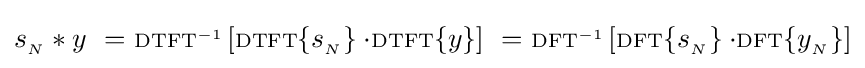
s_{_{N}}*y\ =\ \scriptstyle {\rm {DTFT}}^{-1}\displaystyle \left[\scriptstyle {\rm {DTFT}}\displaystyle \{s_{_{N}}\}\cdot \scriptstyle {\rm {DTFT}}\displaystyle \{y\}\right]\ =\ \scriptstyle {\rm {DFT}}^{-1}\displaystyle \left[\scriptstyle {\rm {DFT}}\displaystyle \{s_{_{N}}\}\cdot \scriptstyle {\rm {DFT}}\displaystyle \{y_{_{N}}\}\right]